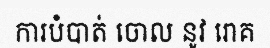
ការបំបាត់ ចោល នូវ រោគ